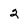
Character: 2